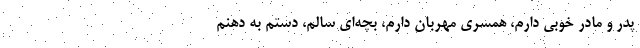
پدر و مادر خوبي دارم، همسري مهربان دارم، بچه‌اي سالم، دستم به دهنم